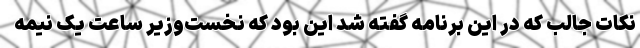
نکات جالب که در این برنامه گفته شد این بود که نخست‌وزیر ساعت یک نیمه